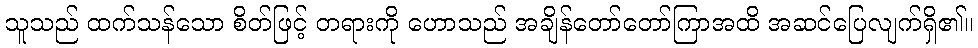
သူသည် ထက်သန်သော စိတ်ဖြင့် တရားကို ဟောသည် အချိန်တော်တော်ကြာအထိ အဆင်ပြေလျက်ရှိ၏။